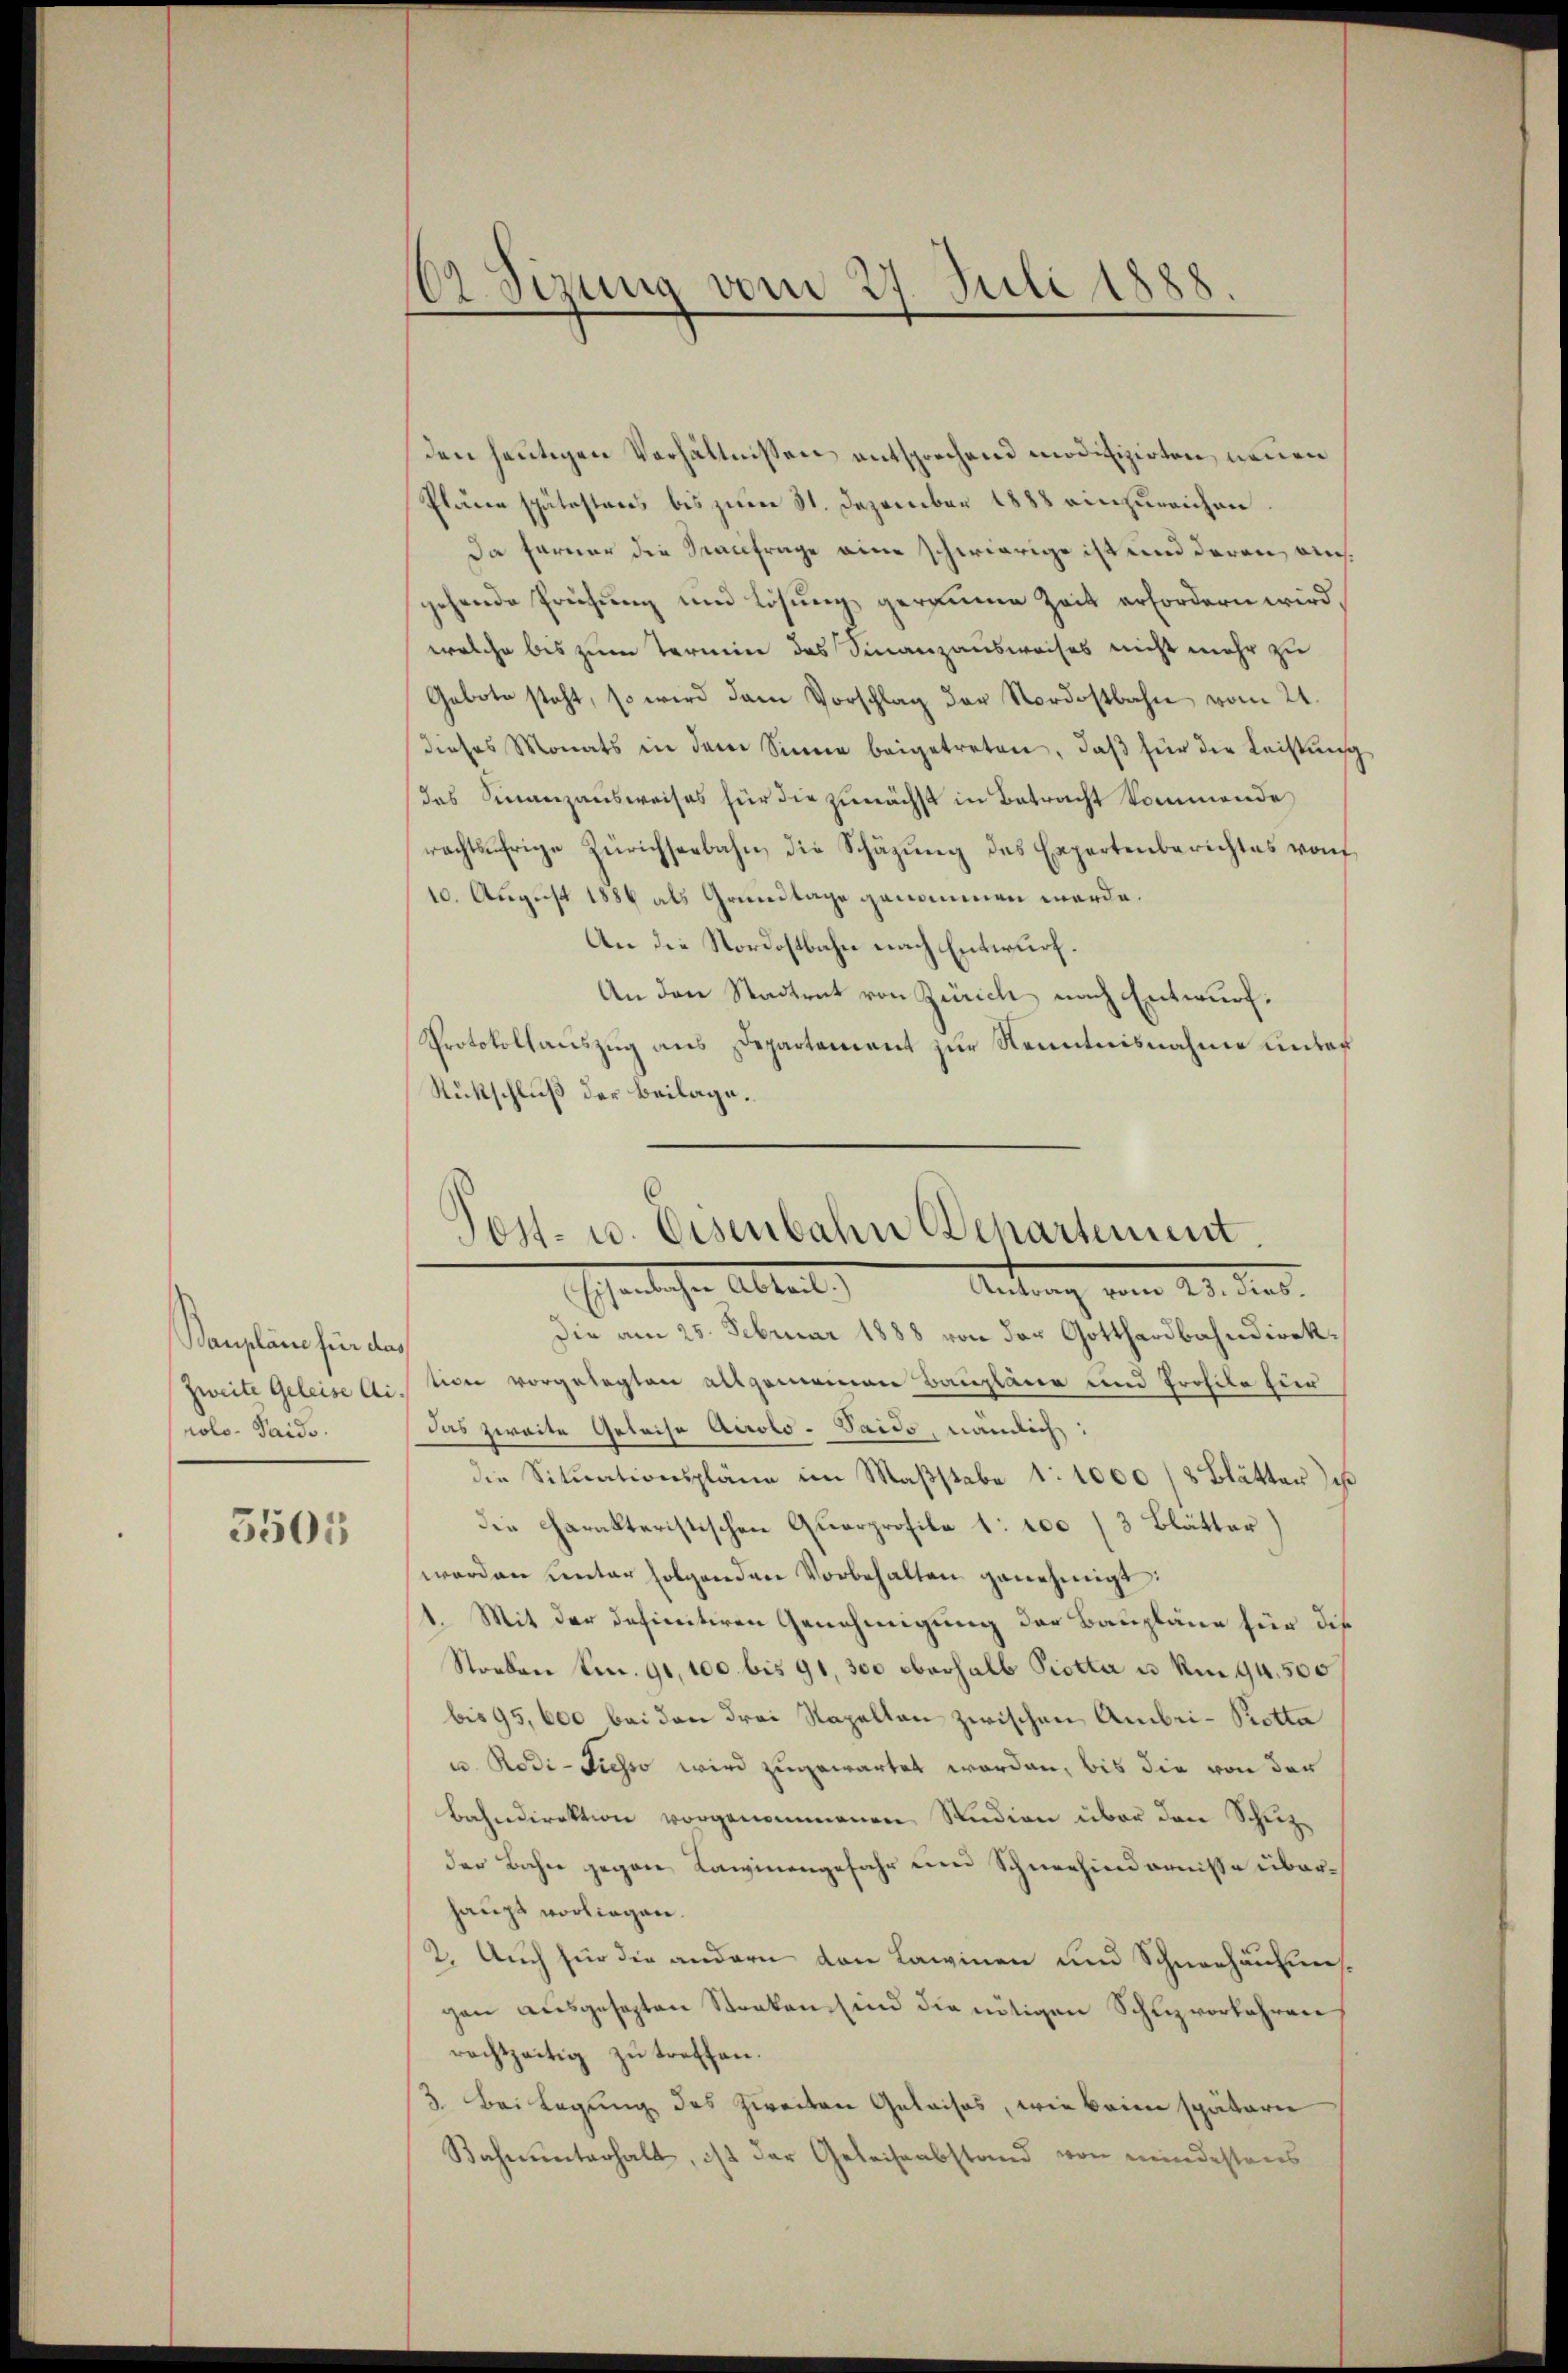
Baupläne für das
rolo. Taids.

5505

den heutigen Verhältnissen entsprechend modifizirten, neuen
Plarer spätesteres bis zum 31. Dezember 1888 einzurichen
Da ferner die Sanfrage eine schwierige ist und deren auchgehende Prüfung und Lösung geraume Zeit erfordern wird,
welche bis zum Termin des Finanzausweises nicht mehr zu
Gebote steht, so wird dem Vorschlag der Nordostbahn vom 21.
dieses Monats in dem Sinne beigetreten, daβ für die Leistung
das Sinnezausweises für die zunächst in Betracht kommende
rachtsfrige Zürichseebahn die Schäzŭng des Expertenberichtes von
10. August 1886 als Grundlage genommen werde.
An die Nordostbahn nach Entwurf.
An den Stadtrat von Zürich, nach Entwurf.
Protokollauszug aus Departement zur Kenntnisnahme unter
Rückschluß der Beilage.

102 Sizung vom 27. Juli 1888

Post- u. Eisenbahn chartement.
Ehelichen Abtreit,
Antung vom 28. dies

Die am 25. Februar 1888 von der Gotthardbahndirek¬
Zweite Geleise Action vorgelegten allgemeinen Baupläne und Profile für
das zweite Geleise Accolo-Saids, nämlich:
die Situationspläne im Maßstabe 1:1000 /8 Blätter Jah
die Charakteristischen Quarprofile 1: 100 (3 Blätter)
worden unter folgenden Vorbehalten genehmigt:
1. Mit der definitiren Genehmigung der Baupläne für die
Streben S. 90, 100 bis 91, 300 oberhalb Piotta u. Um 94,500
bis 95,600 bei den drei Napellan zwischen Ambri-Piotta
u. Rodi-Piesso wird zugewartet worden, bis die von der
Bahndirektion vorgenommenen Studien über den Schuzder Bahn gegen Lawinengefahr und Schneehindernisse überhaupt vorliegen.
2. Auch für die andern von Lawinen und Schneehäusmesgen ausgesagten Stocken sind die nötigen Schutzvorfahren
rachtzeitig zŭ treffen.
3. Bei Legung des zweiten Geleises, wie beim spätern
Bahnunterhalt, ist der Geleiseabstand von mindestens